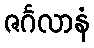
ဇင်္ဂလာနံ